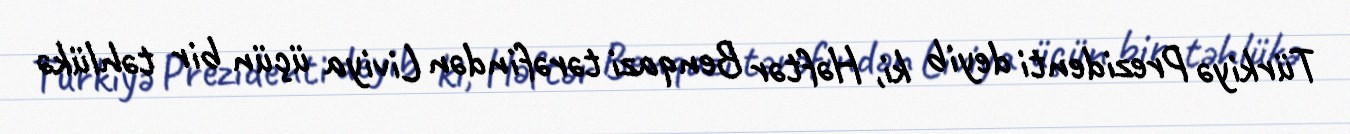
Türkiyə Prezidenti deyib ki, Həftər Benqazi tərəfindən Liviya üçün bir təhlükə